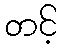
တင့်